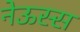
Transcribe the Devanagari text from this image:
नेऊस्स